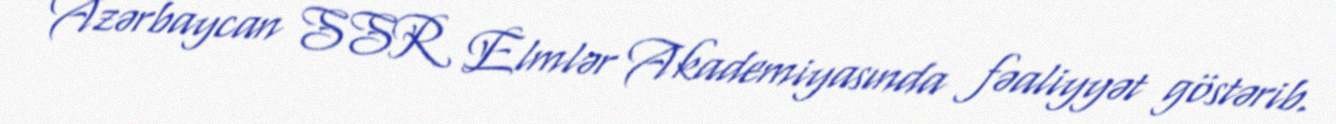
Azərbaycan SSR Elmlər Akademiyasında fəaliyyət göstərib.